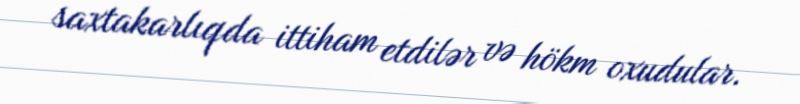
saxtakarlıqda ittiham etdilər və hökm oxudular.